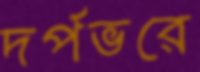
দর্পভরে